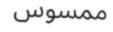
ممسوس